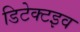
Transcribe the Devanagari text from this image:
डिटेक्टइव